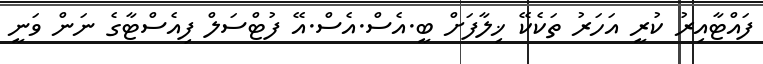
ފައްޓާއިރު ކުރީ އަހަރު ތަކެކޭ ޚިލާފަށް ބީ.އެސް.އެސް.އޭ ފުޓްސަލް ފިއެސްޓާގެ ނަން ވަނީ